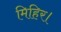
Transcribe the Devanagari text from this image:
मिहिर।